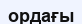
ордағы